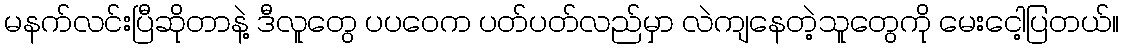
မနက်လင်းပြီဆိုတာနဲ့ ဒီလူတွေ ပပဝေက ပတ်ပတ်လည်မှာ လဲကျနေတဲ့သူတွေကို မေးငေါ့ပြတယ်။